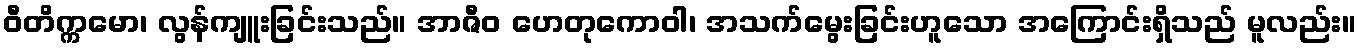
ဝီတိက္ကမော၊ လွန်ကျူးခြင်းသည်။ အာဇီဝ ဟေတုကောဝါ၊ အသက်မွေးခြင်းဟူသော အကြောင်းရှိသည် မူလည်း။